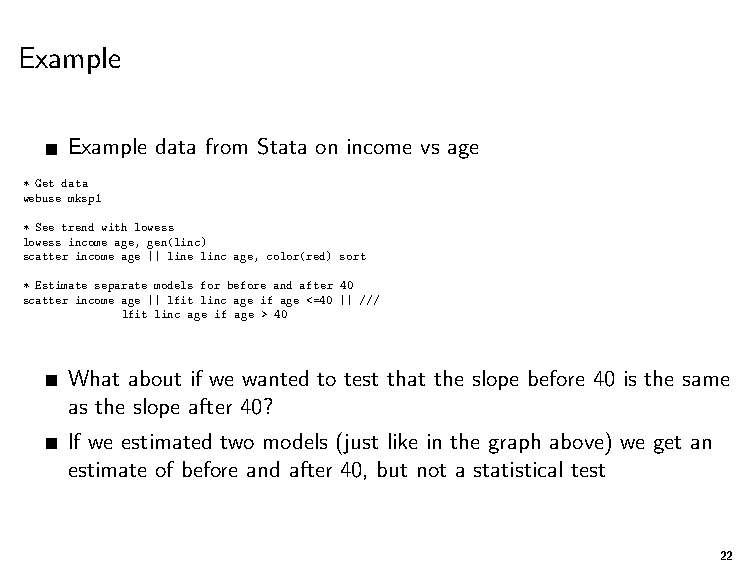
Example
 Example data from Stata on income vs age
 * Get data
 webuse mksp1
 * See trend with lowess
 lowess income age, gen(linc)
 scatter income age || line linc age, color(red) sort
 * Estimate separate models for before and after 40
 scatter income age || lfit linc age if age <=40 || ///
 lfit linc age if age > 40
 What about if we wanted to test that the slope before 40 is the same
 as the slope after 40?
 If we estimated two models (just like in the graph above) we get an
 estimate of before and after 40, but not a statistical test
 22